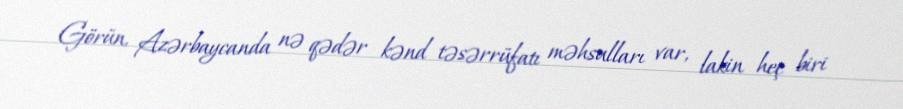
Görün, Azərbaycanda nə qədər kənd təsərrüfatı məhsulları var, lakin heç biri